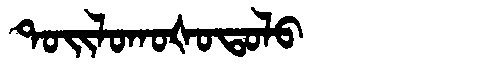
Manchu: ᡨᠣᡳᠯᠣᡴᠣᡧᠣᡨᠣᠯᠣ
Romanization: TOILOKOŠOTOLO